Annual report of the Civil Veterinary Department, Bengal, and of the Bengal Veterinary College, for the year 1900-1901 - 1900-1901
Year: 1900
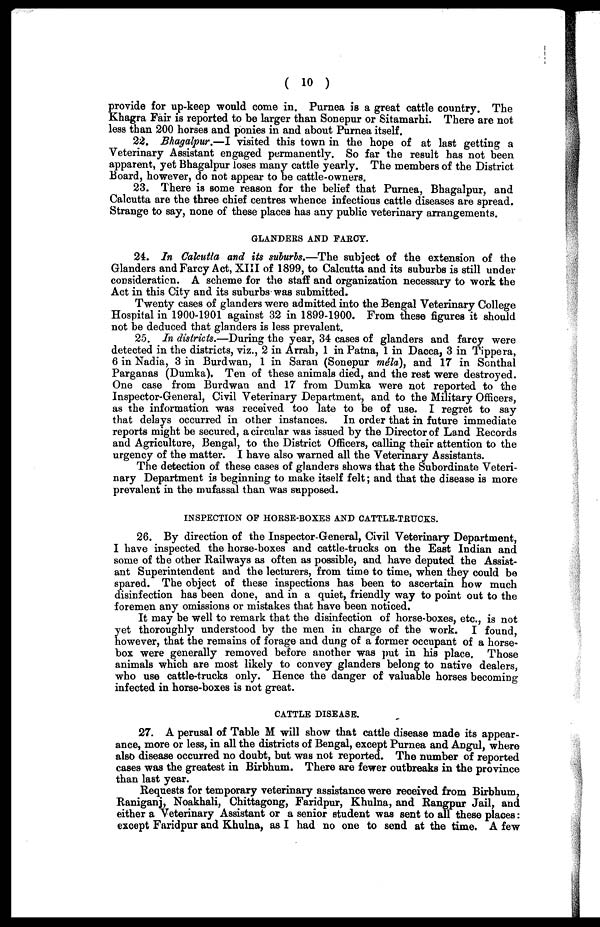
( 10 )
provide for up-keep would come in. Purnea is a great cattle country. The
Khagra Fair is reported to be larger than Sonepur or Sitamarhi. There are not
less than 200 horses and ponies in and about Purnea itself.
22. Bhagalpur.—I visited this town in the hope of at last getting a
Veterinary Assistant engaged permanently. So far the result has not been
apparent, yet Bhagalpur loses many cattle yearly. The members of the District
Board, however, do not appear to be cattle-owners.
23. There is some reason for the belief that Purnea, Bhagalpur, and
Calcutta are the three chief centres whence infectious cattle diseases are spread.
Strange to say, none of these places has any public veterinary arrangements.
GLANDERS AND FARCY.
24. In Calcutta and Us suburbs.—The subject of the extension of the
Glanders and Farcy Act, XIII of 1899, to Calcutta and its suburbs is still under
consideration. A scheme for the staff and organization necessary to work the
Act in this City and its suburbs was submitted.
Twenty cases of glanders were admitted into the Bengal Veterinary College
Hospital in 1900-1901 against 32 in 1899-1900. From these figures it should
not be deduced that glanders is less prevalent.
25. In districts.—During the year, 34 cases of glanders and farcy were
detected in the districts, viz., 2 in Arrah, 1 in Patna, 1 in Dacca, 3 in Tippera,
6 in Nadia, 3 in Burdwan, 1 in Saran (Sonepur méla), and 17 in Sonthal
Parganas (Dumka). Ten of these animals died, and the rest were destroyed.
One case from Burdwan and 17 from Dumka were not reported to the
Inspector-General, Civil Veterinary Department, and to the Military Officers,
as the information was received too late to be of use. I regret to say
that delays occurred in other instances. In order that in future immediate
reports might be secured, a circular was issued by the Director of Land Records
and Agriculture, Bengal, to the District Officers, calling their attention to the
urgency of the matter. I have also warned all the Veterinary Assistants.
The detection of these cases of glanders shows that the Subordinate Veteri-
nary Department is beginning to make itself felt; and that the disease is more
prevalent in the mufassal than was supposed.
INSPECTION OF HORSE-BOXES AND CATTLE-TRUCKS.
26. By direction of the Inspector-General, Civil Veterinary Department,
I have inspected the horse-boxes and cattle-trucks on the East Indian and
some of the other Railways as often as possible, and have deputed the Assist-
ant Superintendent and the lecturers, from time to time, when they could be
spared. The object of these inspections has been to ascertain how much
disinfection has been done, and in a quiet, friendly way to point out to the
foremen any omissions or mistakes that have been noticed.
It may be well to remark that the disinfection of horse-boxes, etc., is not
yet thoroughly understood by the men in charge of the work. I found,
however, that the remains of forage and dung of a former occupant of a horse-
box were generally removed before another was put in his place. Those
animals which are most likely to convey glanders belong to native dealers,
who use cattle-trucks only. Hence the danger of valuable horses becoming
infected in horse-boxes is not great.
CATTLE DISEASE.
27. A perusal of Table M will show that cattle disease made its appear-
ance, more or less, in all the districts of Bengal, except Purnea and Angul, where
also disease occurred no doubt, but was not reported. The number of reported
cases was the greatest in Birbhum. There are fewer outbreaks in the province
than last year.
Requests for temporary veterinary assistance were received from Birbhum,
Raniganj, Noakhali, Chittagong, Faridpur, Khulna, and Rangpur Jail, and
either a Veterinary Assistant or a senior student was sent to all these places:
except Faridpur and Khulna, as I had no one to send at the time. A few